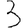
Digit: 3